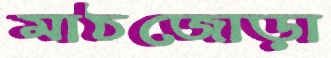
মাঠজোড়া